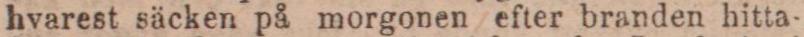
hvarest säcken på morgonen efter branden hitta-